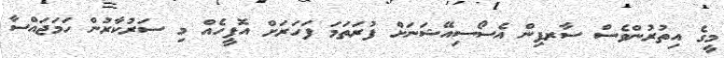
މީގެ އިތުރުންވެސް ސާރފިން އެސޯސިއޭޝަނަށް ފުރަތަމަ ފަހަރަށް އޮފީހެއް މި ސަރުކާރުން ހަމަޖައްސާ